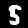
Label: 5